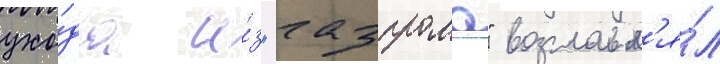
ухо́да и́з "газпрома" возглавл'я́л